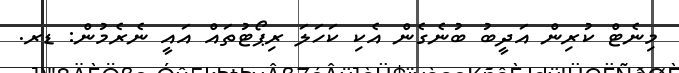
މިނެޓް ކުރިން އަދީބު ބުނެގެން އެކި ކަހަލަ ރިޕޯޓުތައް އައީ ނެރެމުން: ޑރ.